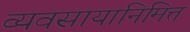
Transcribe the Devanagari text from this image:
व्यवसायानिमित्त